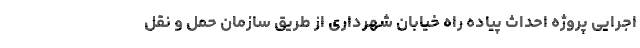
اجرایی پروژه احداث پیاده راه خیابان شهرداری از طریق سازمان حمل و نقل